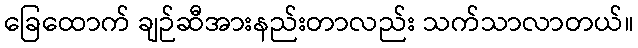
ခြေထောက် ချဉ်ဆီအားနည်းတာလည်း သက်သာလာတယ်။